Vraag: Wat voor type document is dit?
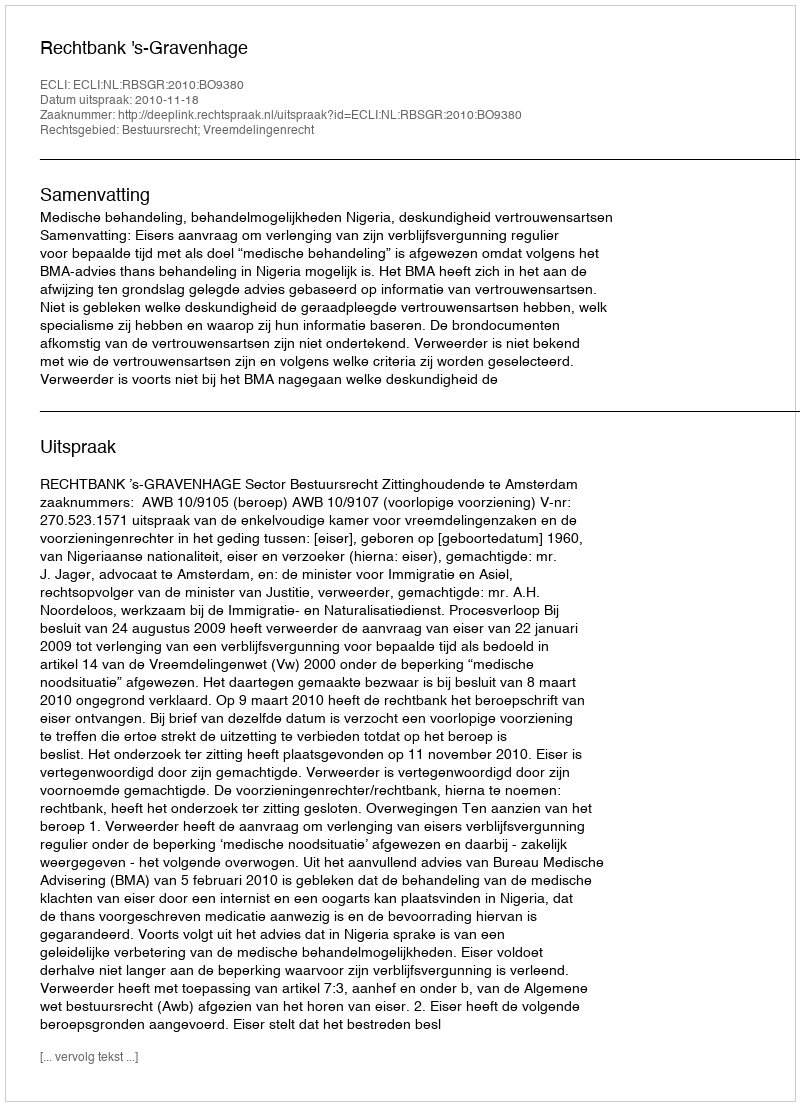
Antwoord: Uitspraak